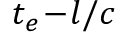
t _ { e } \! - \! l / c